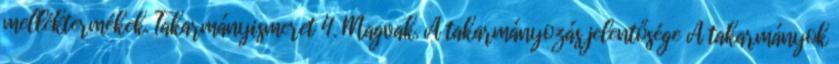
melléktermékek. Takarmányismeret 4. Magvak. A takarmányozás jelentősége A takarmányok